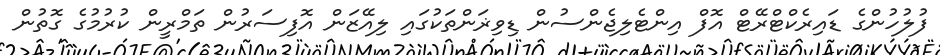
ފުލުހުންގެ ޑައިރެކްޓްރޭޓް އޮފް އިންޓެލިޖެންސުން ޑިވިޜަންތަކުގައި ލިއޭޒަން އޮފިސަރުން ތަމްރީން ކުރުމުގެ ގޮތުން